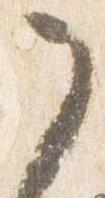
之